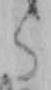
く